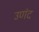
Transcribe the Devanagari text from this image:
उणंद